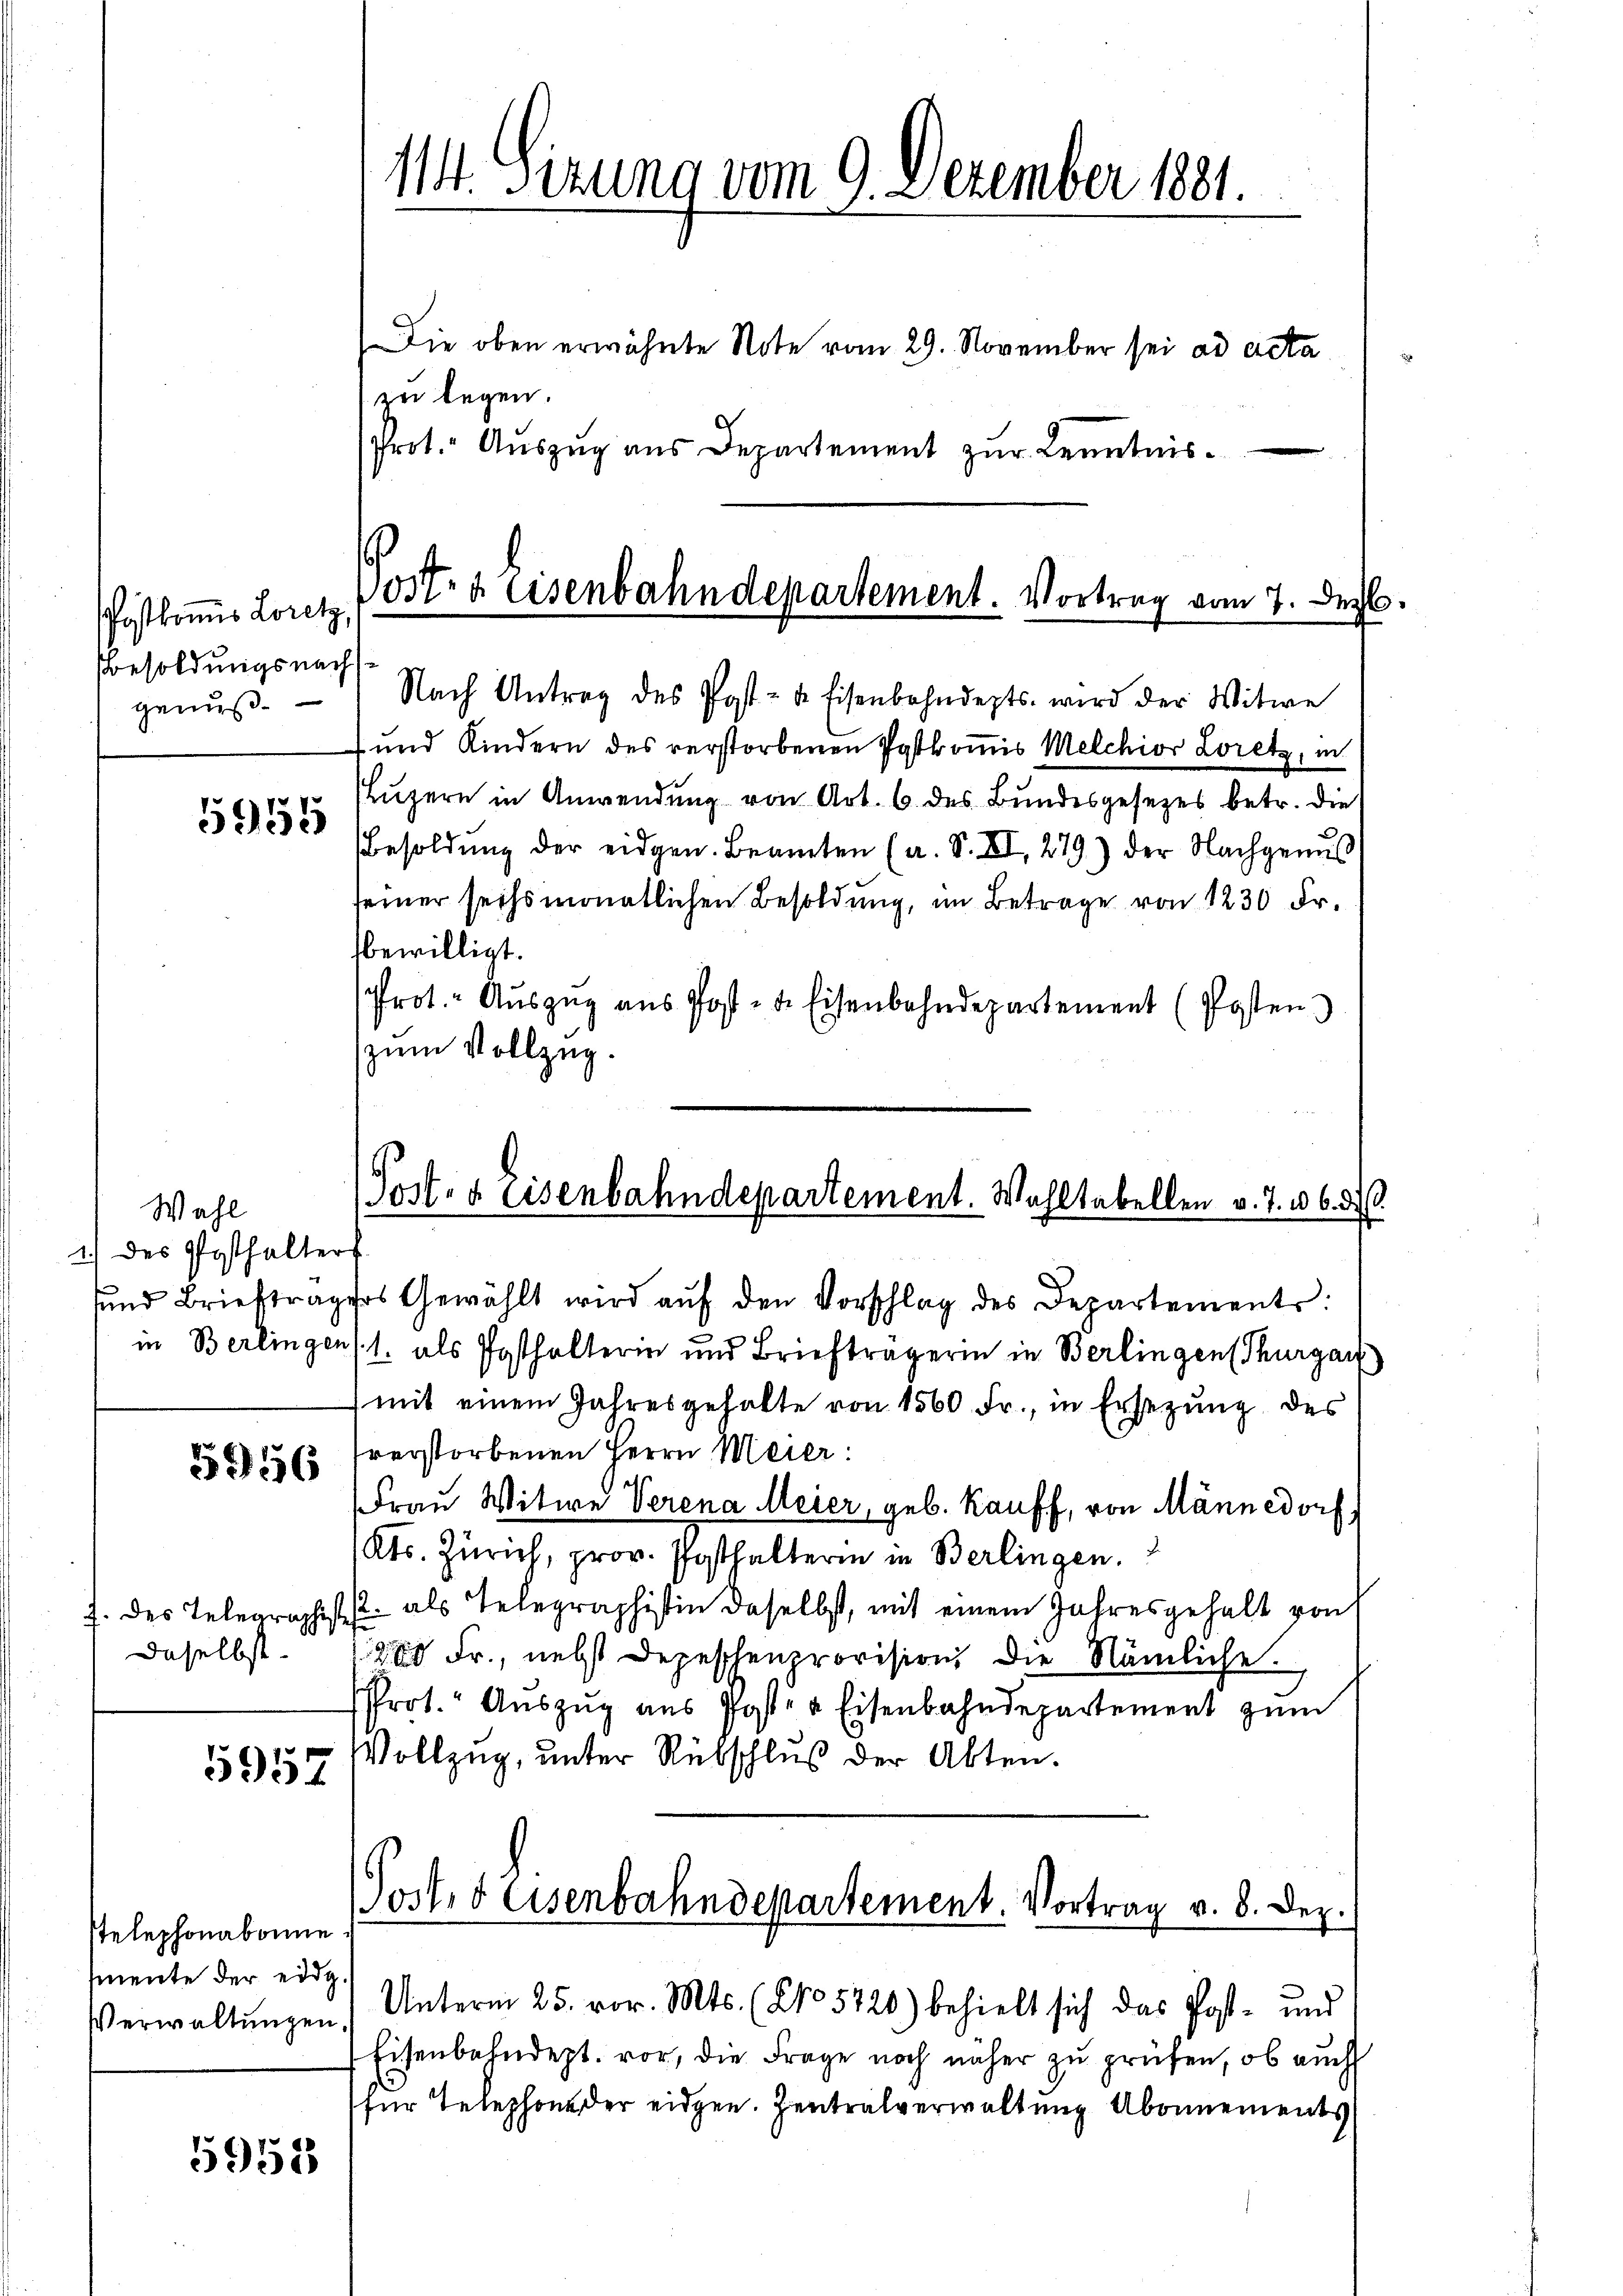
Postkommes Loretz,
Besoldungsnach
genuß.
5955

Wahl
1.) des Posthalters

5956

daselbst.

5957

stelephonabonne
mente der eide
Verwaltungen.

5953

Die oben erwähnte Note vom 29. November sei ad acta
zu legen.
Prot. Aŭszŭg ans Departement zŭr Kenntnis.

114. Sizung vom 9. Dezember 1881.

ost- & Eisenbahndepartement. Vortrag vom 7. Dez.

Nach Antrag des Post- u. Eisenbahndepts wird der Witwe
 und Kindern des verstorbenen Postkomis Melchior Loretz, in
Puzern in Anwendung von Art. 6. des Bundesgesezes betr. die
Besoldung der eidgen. Beamten (a. S. XI. 279) der Nachgenus
seiner sechsmonatlichen Besoldung, im Betrage von 1230 Fr.
bewilligt.
sprot. Auszug aus Post- u. Eisenbahndepartement (Posten
zum Vollzug.

Post- & Eisenbahndepartement. Wahltabellen v. J. 16. d.

und Brieftragers Gewählt wird aŭf den Vorschlag des Departements:
in Berlingen (1. als Posthalterin und Briefträgerin in Berlingen Thurgau
mit einem Jahresgehalte von 1560 Fr., in Ersezung des
verstorbenen Herrn Meier:
Frau Witwe Verena Meier, geb. Kauff, von Männedorf
Kts. Zürich, prov. Posthalterin in Berlingen.
J. des Telegraphist als Telegraphistin daselbst, mit einem Jahresgehalt von
200 Fr., nebst Depeschenprovision, die Nämliche.
Prot. Aŭszŭg aŭs Poster Eisenbahndepartement zŭm
Vollzug, unter Rübschluß der Akten.

Unterm 25. vor. Mts. (No 5720) behielt sich das Post- und
Eisenbahndept. vor, die Frage noch näher zu prüfen, ob auch
für Telephon der eidgen. Zentralverwaltung Abonnements

Woster Eisenbahndepartement. Vortrag v. 8. Dei
7